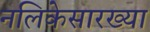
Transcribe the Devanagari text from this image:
नलिकेसारख्या